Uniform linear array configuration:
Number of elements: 48
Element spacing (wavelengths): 1
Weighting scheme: binomial
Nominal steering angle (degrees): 30
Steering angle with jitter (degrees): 29.726
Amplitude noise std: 0.05
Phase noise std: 0.05

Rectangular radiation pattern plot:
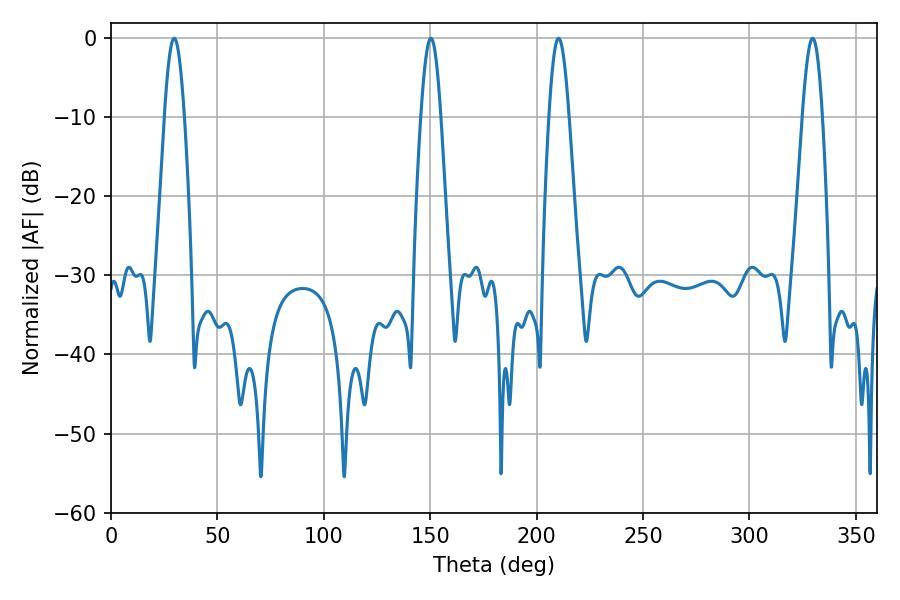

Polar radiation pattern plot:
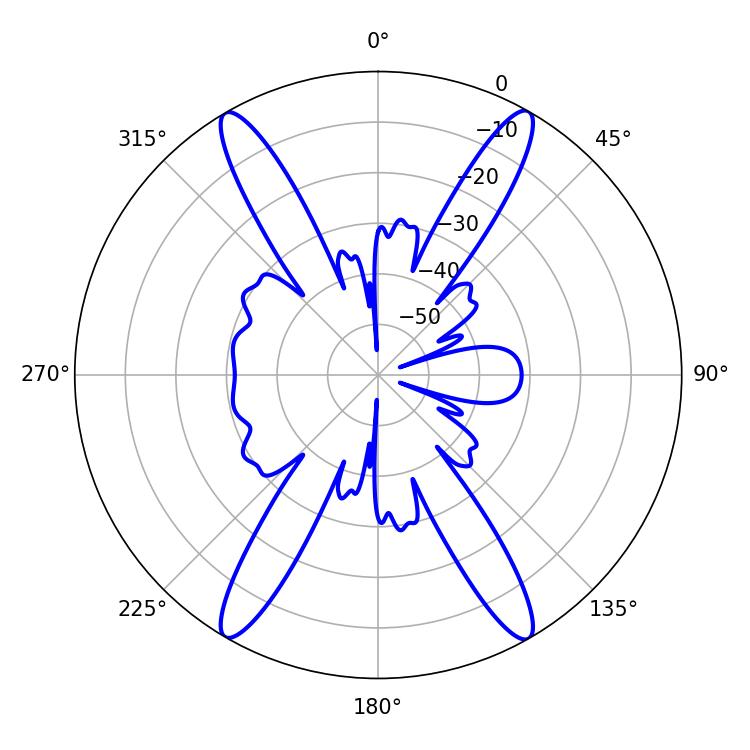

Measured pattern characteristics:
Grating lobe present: TRUE
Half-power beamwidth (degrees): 5.04
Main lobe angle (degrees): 29.7